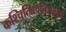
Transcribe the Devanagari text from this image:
कश्चित्क्षिपतिसत्पुत्रो